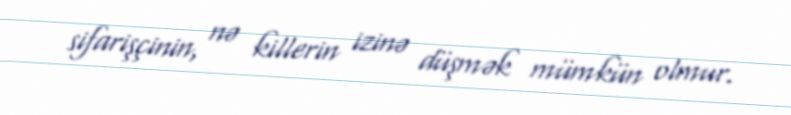
sifarişçinin, nə killerin izinə düşmək mümkün olmur.